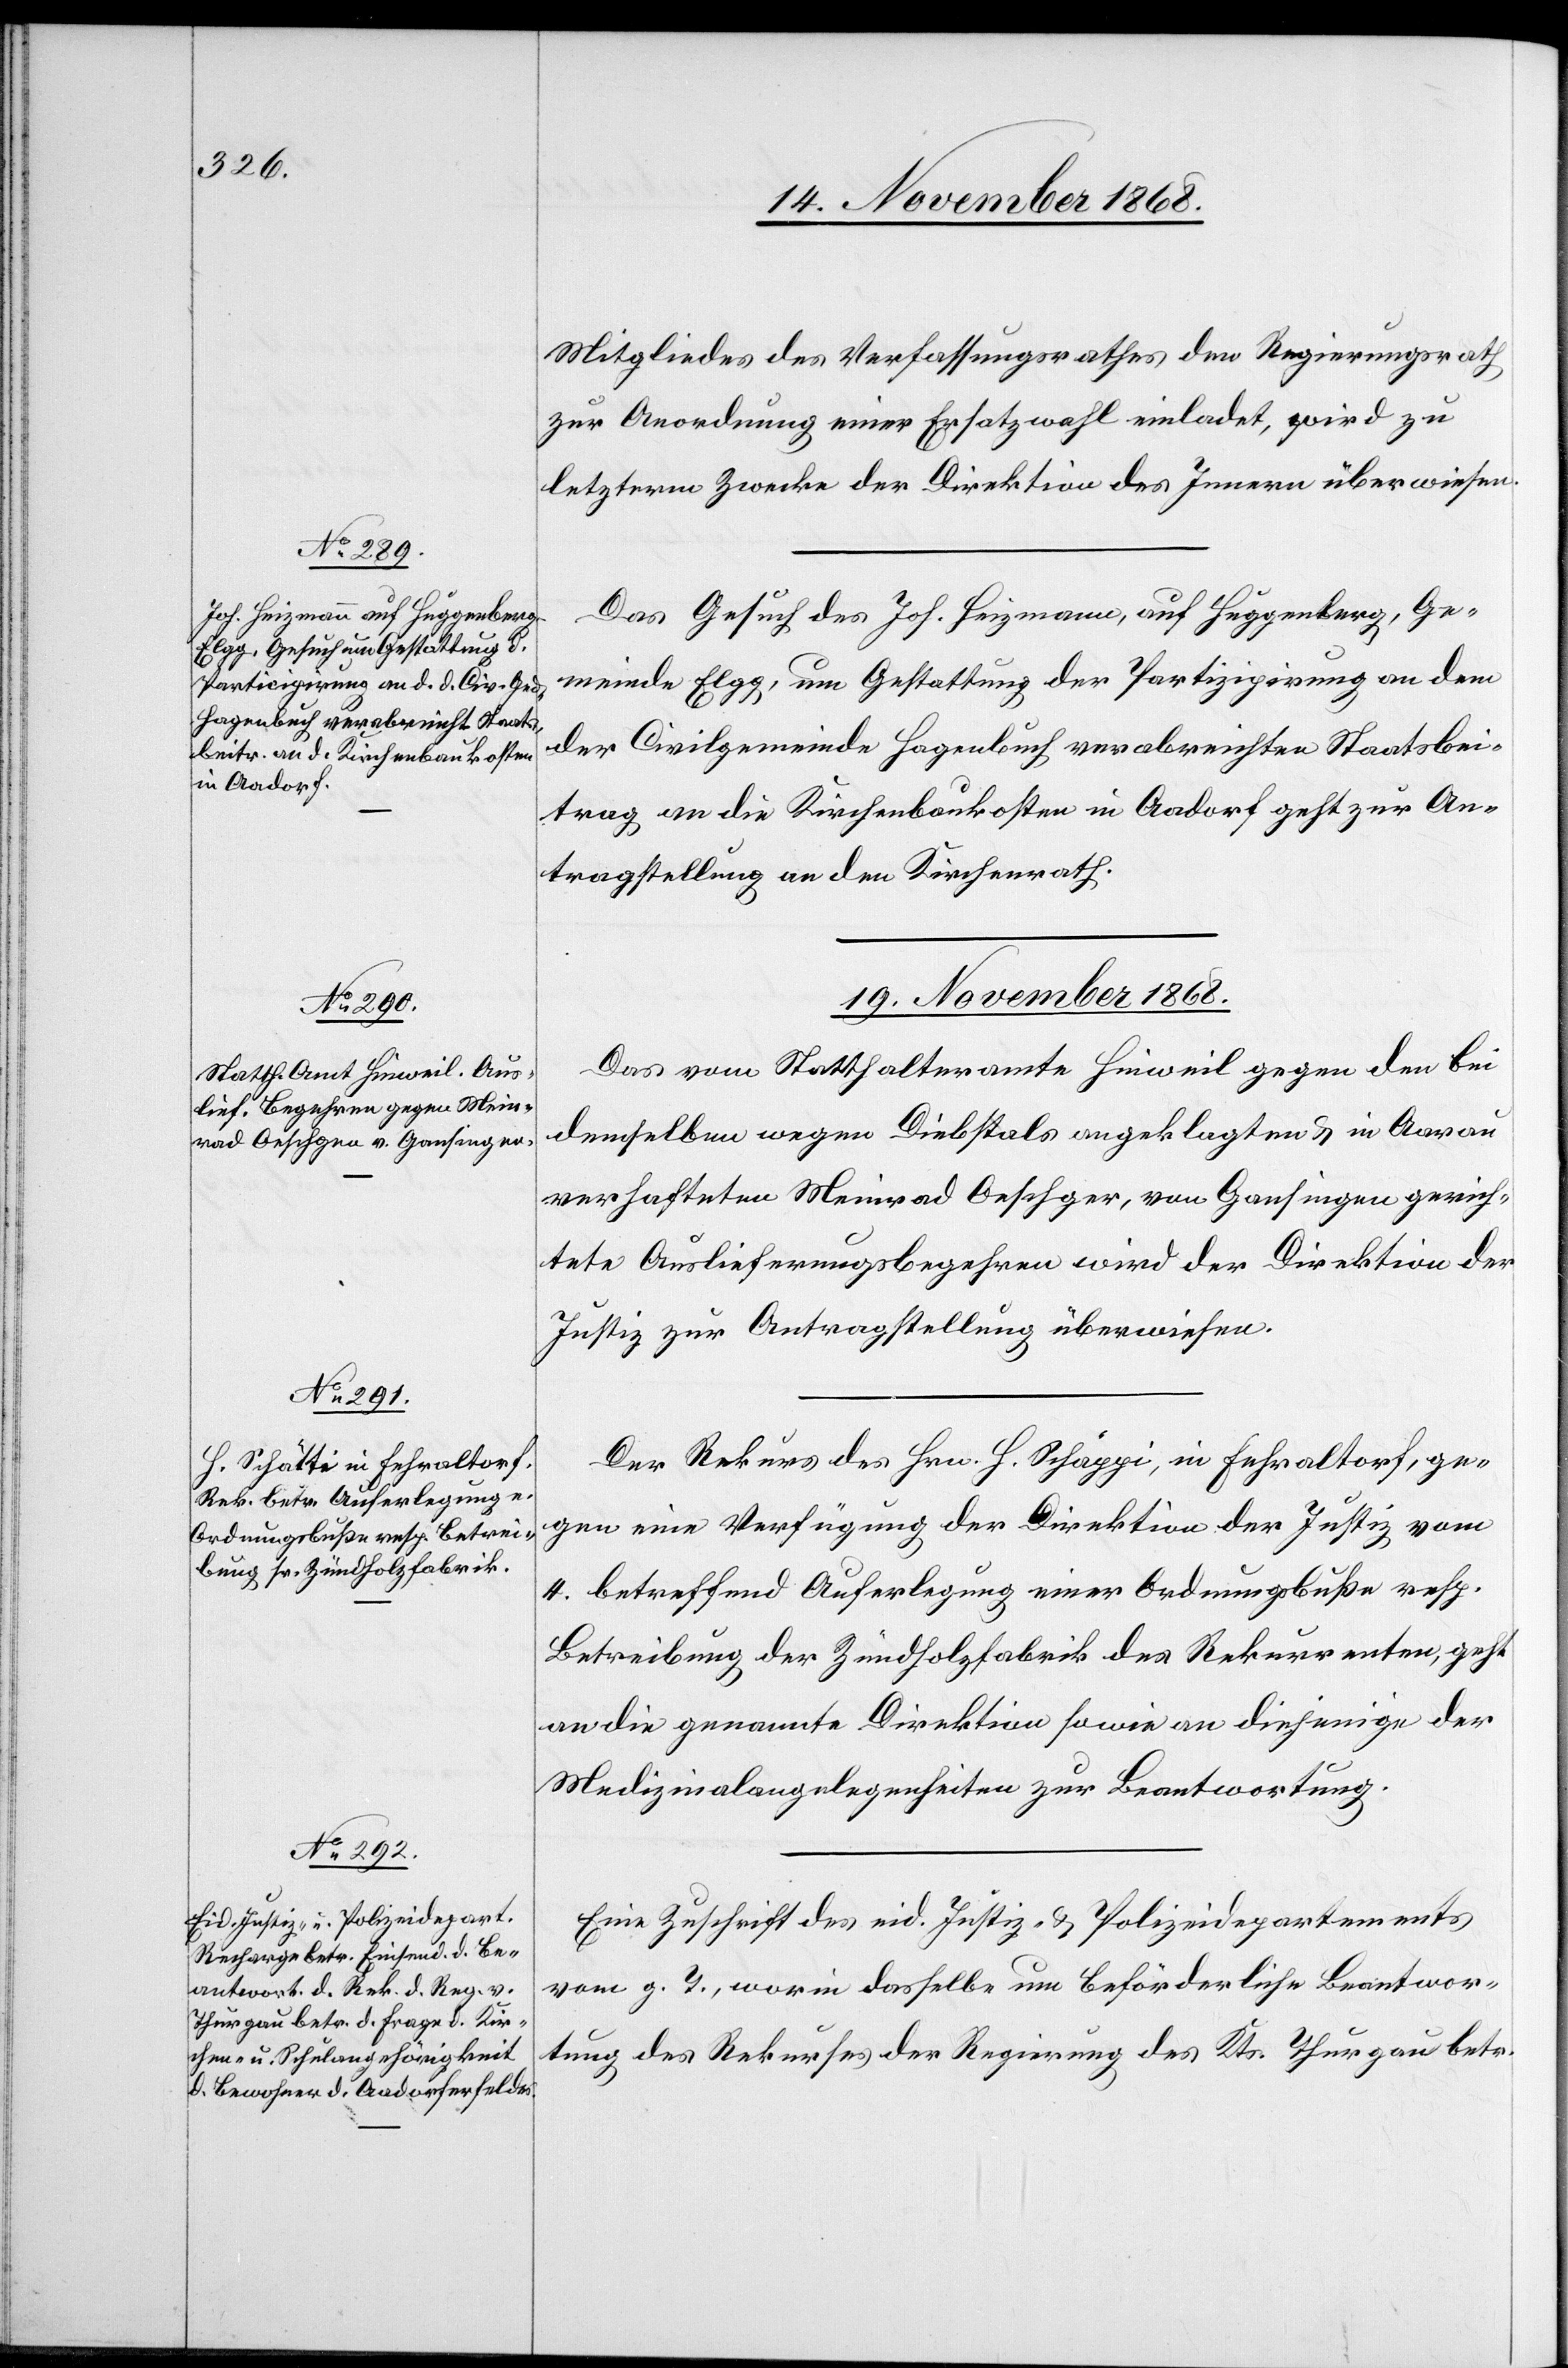
18. November 1868.]
Mitgliedes des Verfassungsrathes den Regierungsrath
zur Anordnung einer Ersatzwahl einladet, wird zu
letzterm Zwecke der Direktion des Innern überwiesen.
Das Gesuch des Joh. Heizmann, auf Huggenberg, Ge¬
meinde Elgg, um Gestattung der Partizipirung an dem
der Civilgemeinde Hagenbuch verabreichten Staatsbei¬
trag an die Kirchenbaukosten in Aadorf geht zur An¬
tragstellung an den Kirchenrath.
19. November 1868.]
Das vom Statthalteramte Hinweil gegen den bei
demselben wegen Diebstals angeklagten & in Aarau
verhafteten Meinrad Oeschger [sic!], von Gansingen gerich¬
tete Auslieferungsbegehren wird der Direktion der
Justiz zur Antragstellung überwiesen.
Der Rekurs des Hrn. H. Schäppi [sic!], in Fehraltorf, ge¬
gen eine Verfügung der Direktion der Justiz vom
4. betreffend Auferlegung einer Ordnungsbuße resp.
Betreibung der Zündholzfabrik des Rekurrenten, geht
an die genannte Direktion sowie an diejenige der
Medizinalangelegenheiten zur Beantwortung.
Eine Zuschrift des eid. Justiz- & Polizeidepartements
vom g. T., worin dasselbe um beförderliche Beantwor¬
tung des Rekurses der Regierung des Kts. Thurgau betr.